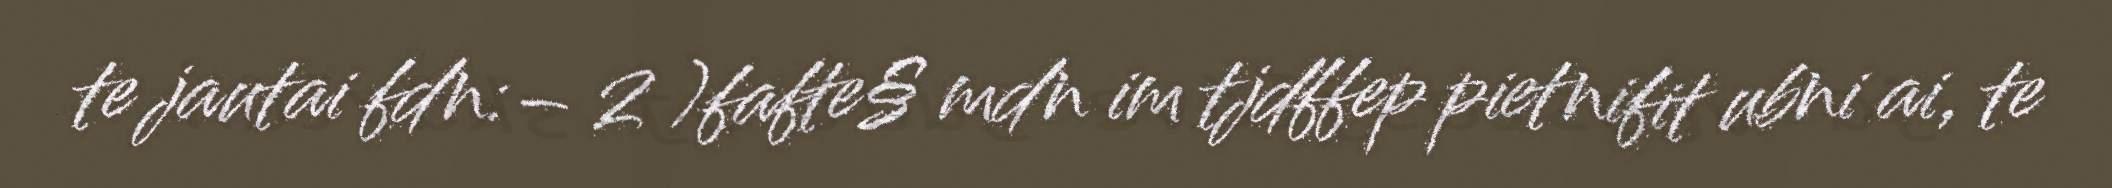
te jautai fdn:– 2 )fafte§ mdn im tjdffep pietnifit ubni ai, te